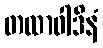
တထာဝါဒိနံ